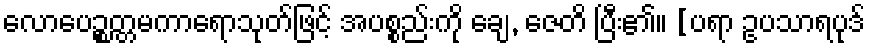
လောပေဉ္စတ္တမကာရောသုတ်ဖြင့် အပစ္စည်းကို ချေ, ဇေတိ ပြီး၏။ [ပရာ ဥပသာရပုဒ်